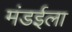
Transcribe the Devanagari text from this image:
मंडईला